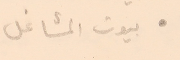
● بيوت المشاغل